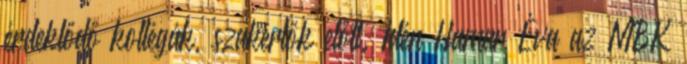
érdeklődő kollégák, szakértők előtt. Idén Hamar Éva az MBK